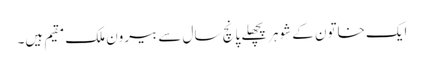
ایک خاتون کے شوہرپچھلے پانچ سال سے بیرون ملک مقیم ہیں۔